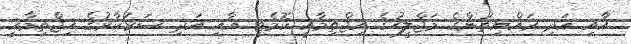
އާއި އަދި ރައްޔިތުންގެ މަޖްލީހުގެ އިޖްތިމާއީ ކޮމެޓީ އާއި އަދި ސަރުކާރުގެ އިޖްތިމާއީ